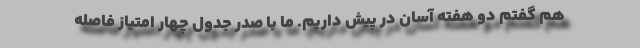
هم گفتم دو هفته آسان در پیش داریم. ما با صدر جدول چهار امتیاز فاصله